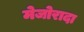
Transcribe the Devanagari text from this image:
मेजोरादा